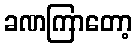
ခဏကြာတော့